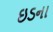
ઇડના